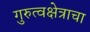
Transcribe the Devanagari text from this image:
गुरुत्वक्षेत्राचा